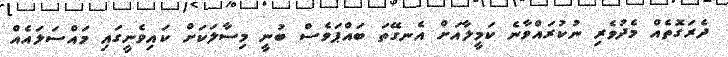
ދެރަގޮތެއް މެދުވެރި ނުކުރައްވާނެ ކަމީލާއަށް އެނގޭތަ ބައްޕަވެސް ބުނީ މިސާލަކަށް ކައިވެނީގައި މައްސަލައެއް